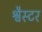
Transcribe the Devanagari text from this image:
श्वैस्टर